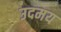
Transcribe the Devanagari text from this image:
उदमय